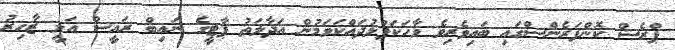
ޕްރެސް ކޮންފަރެންސްގައި ބައިވެރިވެ ވާހަކަފުޅުދައްކަވަމުން އަދާލަތު ޕާޓީގެ ނައިބް ރައީސް އަލީ ޒާހިރު